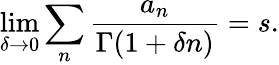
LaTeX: \operatorname*{lim}_{\delta\rightarrow 0}\sum_{n}{\frac{a_{n}}{\Gamma(1+\delta n)}}=s.